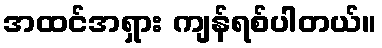
အထင်အရှား ကျန်ရစ်ပါတယ်။